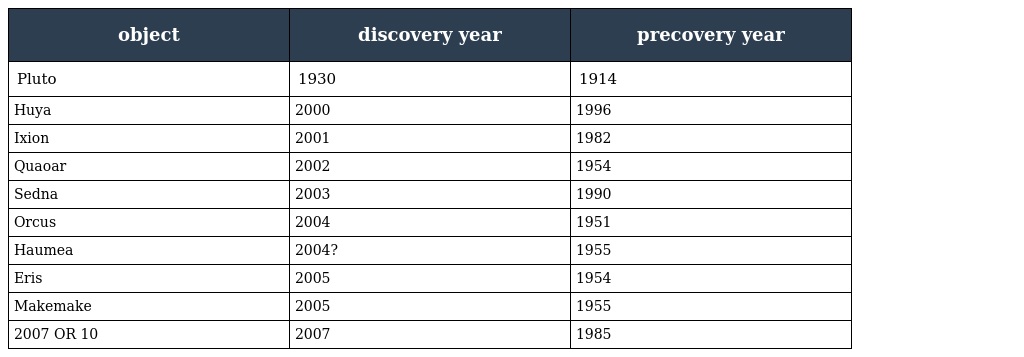
| object | discovery year | precovery year |
 | --- | --- | --- |
 | Pluto | 1930 | 1914 |
 | Huya | 2000 | 1996 |
 | Ixion | 2001 | 1982 |
 | Quaoar | 2002 | 1954 |
 | Sedna | 2003 | 1990 |
 | Orcus | 2004 | 1951 |
 | Haumea | 2004? | 1955 |
 | Eris | 2005 | 1954 |
 | Makemake | 2005 | 1955 |
 | 2007 OR 10 | 2007 | 1985 |